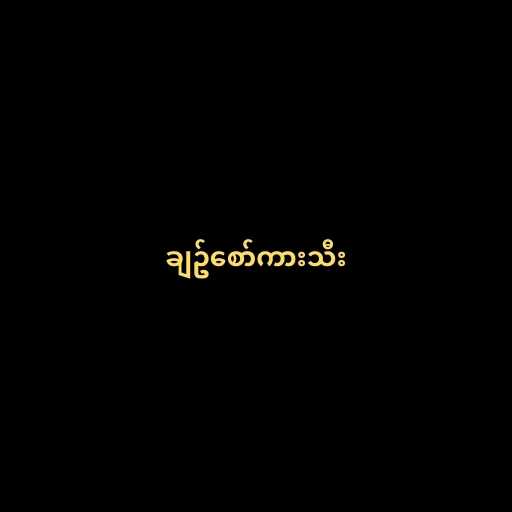
ချဥ်စော်ကားသီး